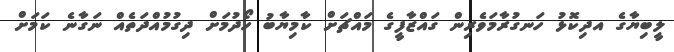
ލީބިޔާގެ އދިކޮޅު ހަނގުރާމަވެރިން ގައްޒާފީގެ މައްޗަށް ކާމިޔާބު ހޯދުމަށް ދިގުމުއްދަތެއް ނަގާނެ ކަމަށް